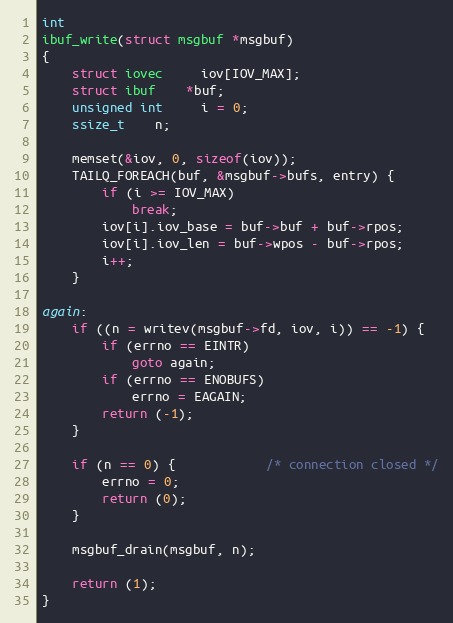
Language: C
int
ibuf_write(struct msgbuf *msgbuf)
{
	struct iovec	 iov[IOV_MAX];
	struct ibuf	*buf;
	unsigned int	 i = 0;
	ssize_t	n;

	memset(&iov, 0, sizeof(iov));
	TAILQ_FOREACH(buf, &msgbuf->bufs, entry) {
		if (i >= IOV_MAX)
			break;
		iov[i].iov_base = buf->buf + buf->rpos;
		iov[i].iov_len = buf->wpos - buf->rpos;
		i++;
	}

again:
	if ((n = writev(msgbuf->fd, iov, i)) == -1) {
		if (errno == EINTR)
			goto again;
		if (errno == ENOBUFS)
			errno = EAGAIN;
		return (-1);
	}

	if (n == 0) {			/* connection closed */
		errno = 0;
		return (0);
	}

	msgbuf_drain(msgbuf, n);

	return (1);
}